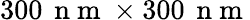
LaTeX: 300\, \mathrm{~n~m~}\times 300\, \mathrm{~n~m~}